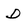
Character: D